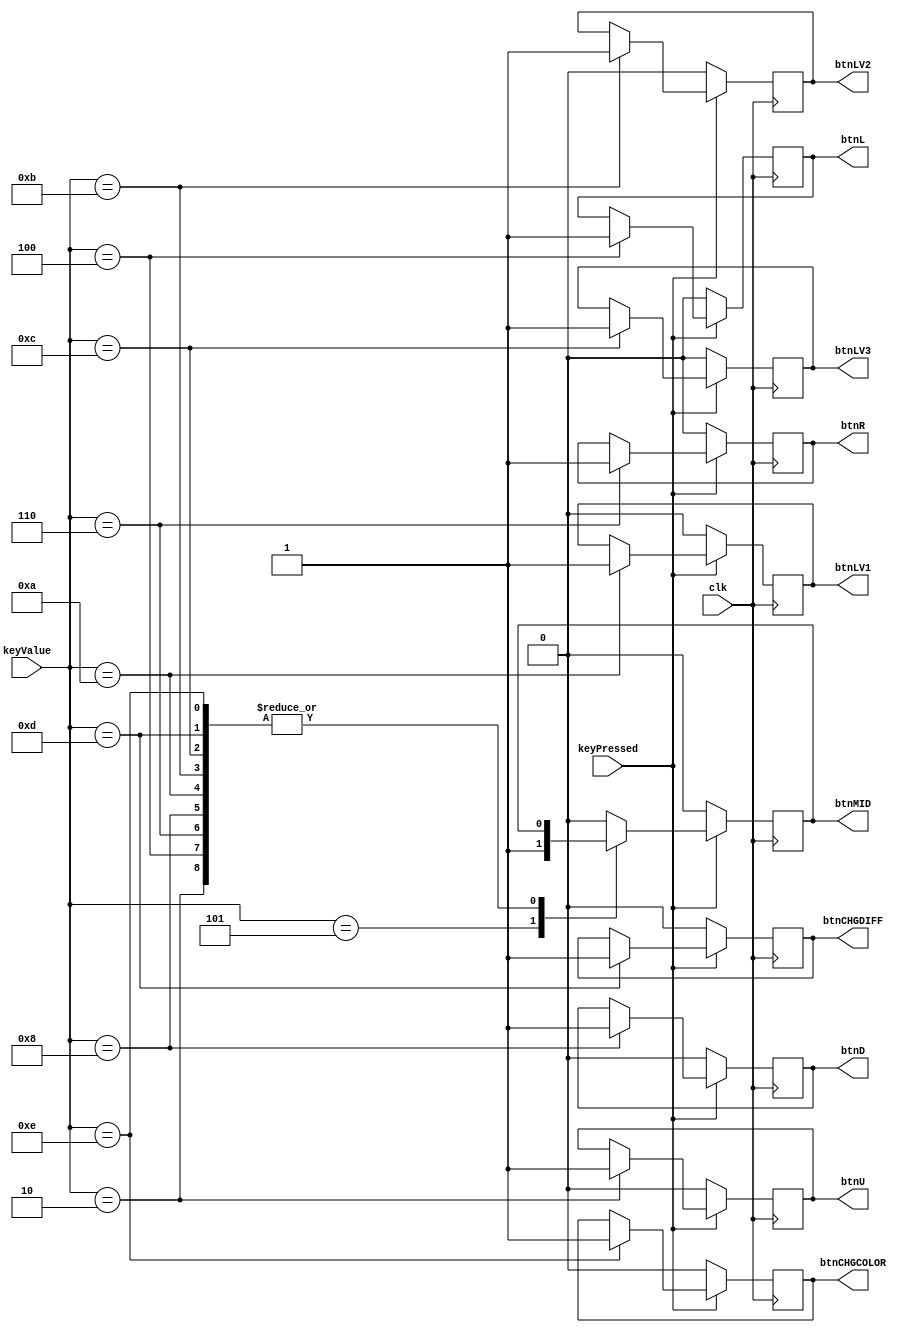
`timescale 1ns / 1ps
//////////////////////////////////////////////////////////////////////////////////
// Company: 
// Engineer: 
// 
// Design Name: 
// Module Name:    keypad_decoder 
// Project Name: 
// Target Devices: 
// Tool versions: 
// Description: 
//
// Dependencies: 
//
// Revision: 
// Revision 0.01 - File Created
// Additional Comments: 
//
//////////////////////////////////////////////////////////////////////////////////
module keypad_decoder(
    input clk,
    input [3:0] keyValue,
    input keyPressed,
    output reg btnMID, // Middle button to pause
    output reg btnR, // left right up down 
    output reg btnL,
    output reg btnU,
    output reg btnD,
	 output reg btnLV1, // A B C D respectively
	 output reg btnLV2,
	 output reg btnLV3,
	 output reg btnCHGDIFF,
     output reg btnCHGCOLOR
    );
    
    // reg [3:0] button_sync_1, button_sync_0;
    // wire button_sync_1_bar;
    // wire btnIDLE;
    // always @ (posedge clk) button_sync_0 <= binary;

    // always @ (posedge clk) button_sync_1 <= button_sync_0;

    always @ (posedge clk)
    begin
        if (keyPressed)
        begin

        case (keyValue)
            4'd2: btnU <= 1;
            4'd4: btnL <= 1;
            4'd5: btnMID <= 1;
            4'd6: btnR <= 1;
            4'd8: btnD <= 1;
            4'd10: btnLV1 <= 1;
            4'd11: btnLV2 <= 1;
            4'd12: btnLV3 <= 1;
            4'd13: btnCHGDIFF <= 1;
            4'd14: btnCHGCOLOR <= 1;
            default: btnMID <= 0;
        endcase
        end

        else
        begin
            btnU <= 0;
            btnL <= 0;
            btnMID <= 0;
            btnR <= 0;
            btnD <= 0;
            btnLV1 <= 0;
            btnLV2 <= 0;
            btnLV3 <= 0;
            btnCHGDIFF <= 0;
            btnCHGCOLOR <= 0;
        end
    end

endmodule